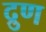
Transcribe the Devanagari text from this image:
द्रुण